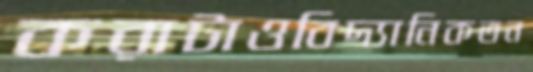
করাটাওবিদ্যানিকতন